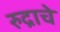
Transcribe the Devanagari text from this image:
रुद्राचे